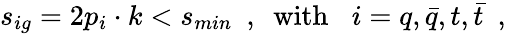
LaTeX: s_{ig}=2p_{i}\cdot k<s_{min}\, \, \, ,\, \, \, \mathrm{with}\, \, \, \, \, i=q,\bar{q},t,\bar{t}\, \, \, ,